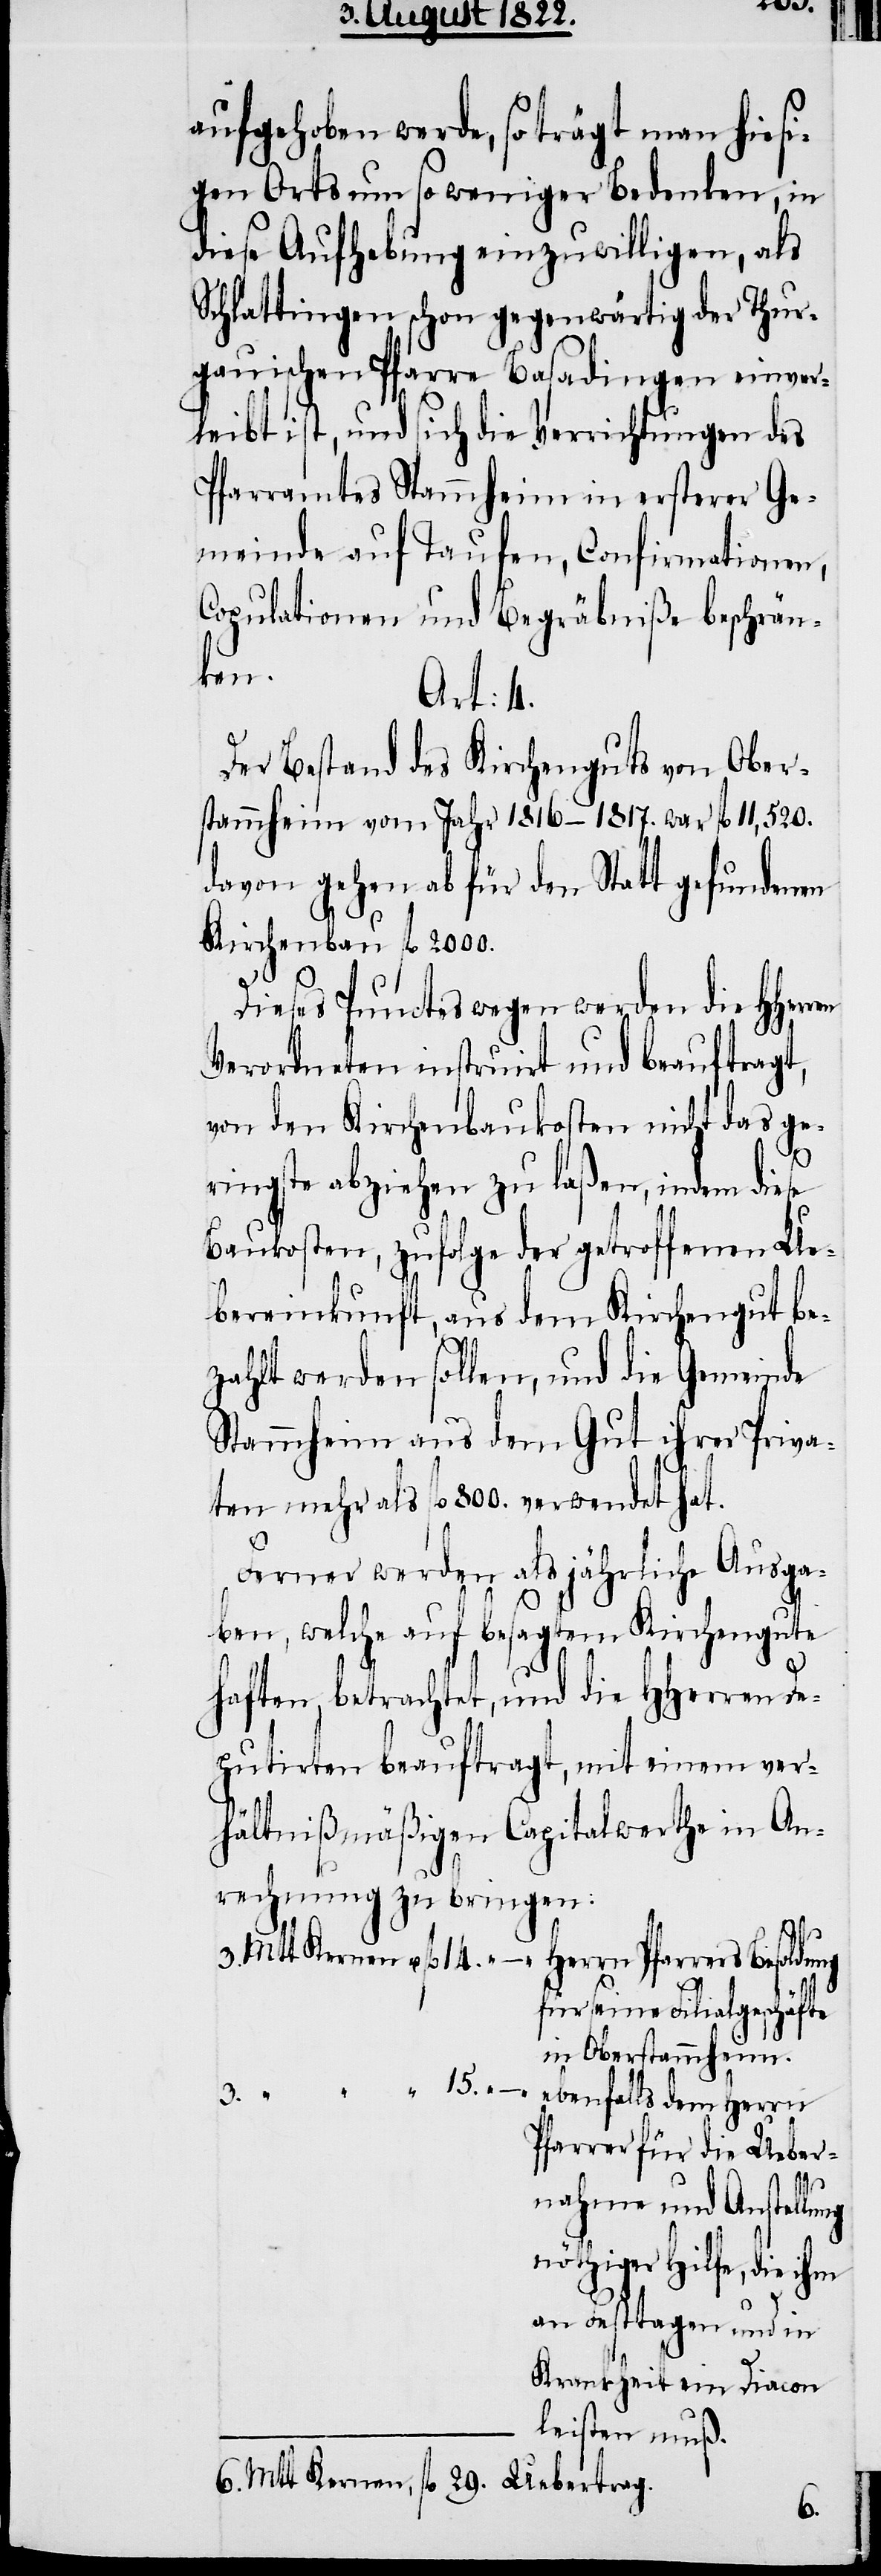
n¬
aufgehoben werde, so trägt man hiesi¬
gen Orts um so weniger Bedenken, in
diese Aufhebung einzuwilligen, als
Schlattingen schon gegenwärtig der Thur¬
gauischen Pfarre Basadingen einver¬
leibt ist, und sich die Verrichtungen des
Pfarramtes Stammheim in ersterer Ge¬
meinde auf Taufen, Confirmationen,
Copulationen und Begräbniße beschrän¬
ren
Art: 4.
Der Bestand des Kirchenguts von Ober¬
stammheim vom Jahr 1816–1817. war fl. 11,520.
davon gehen ab für den Statt gefundenen
Kirchenbau fl. 2000.
Dieses Punctes wegen werden die HHer¬
Verordneten instruirt und beauftragt,
von den Kirchenbaukosten nicht das ge¬
ringste abziehen zu laßen, indem diese
Baukosten, zufolge der getroffenen Ue¬
bereinkunft, aus dem Kirchengut be¬
zahlt werden sollen, und die Gemeinde
Stammheim aus dem Gut ihrer Priva¬
ten mehr als fl. 800. verwendet hat.
Ferner werden als jährliche Ausga¬
ben, welche auf besagtem Kirchengute
haften, betrachtet, und die HHerren De¬
putirten beauftragt, mit einem ver¬
hältnißmäßigen Capitalwerthe in An¬
rechnung zu bringen:
3. Mtt. Kernen & fl. 14. „ – „
Herrn Pfarrers
15.
für seine Filialgeschäfte
Oberstammheim.
„ – „
ebenfalls dem Herrn
Pfarrer für die Ueber¬
nahme und Anstellu¬
öthiger Hilfe, die ihm
an Festtagen und in
Krankheit ein Diacon
leisten muß.
6. Mtt. Kernen, fl. 29. Uebertrag.

3.